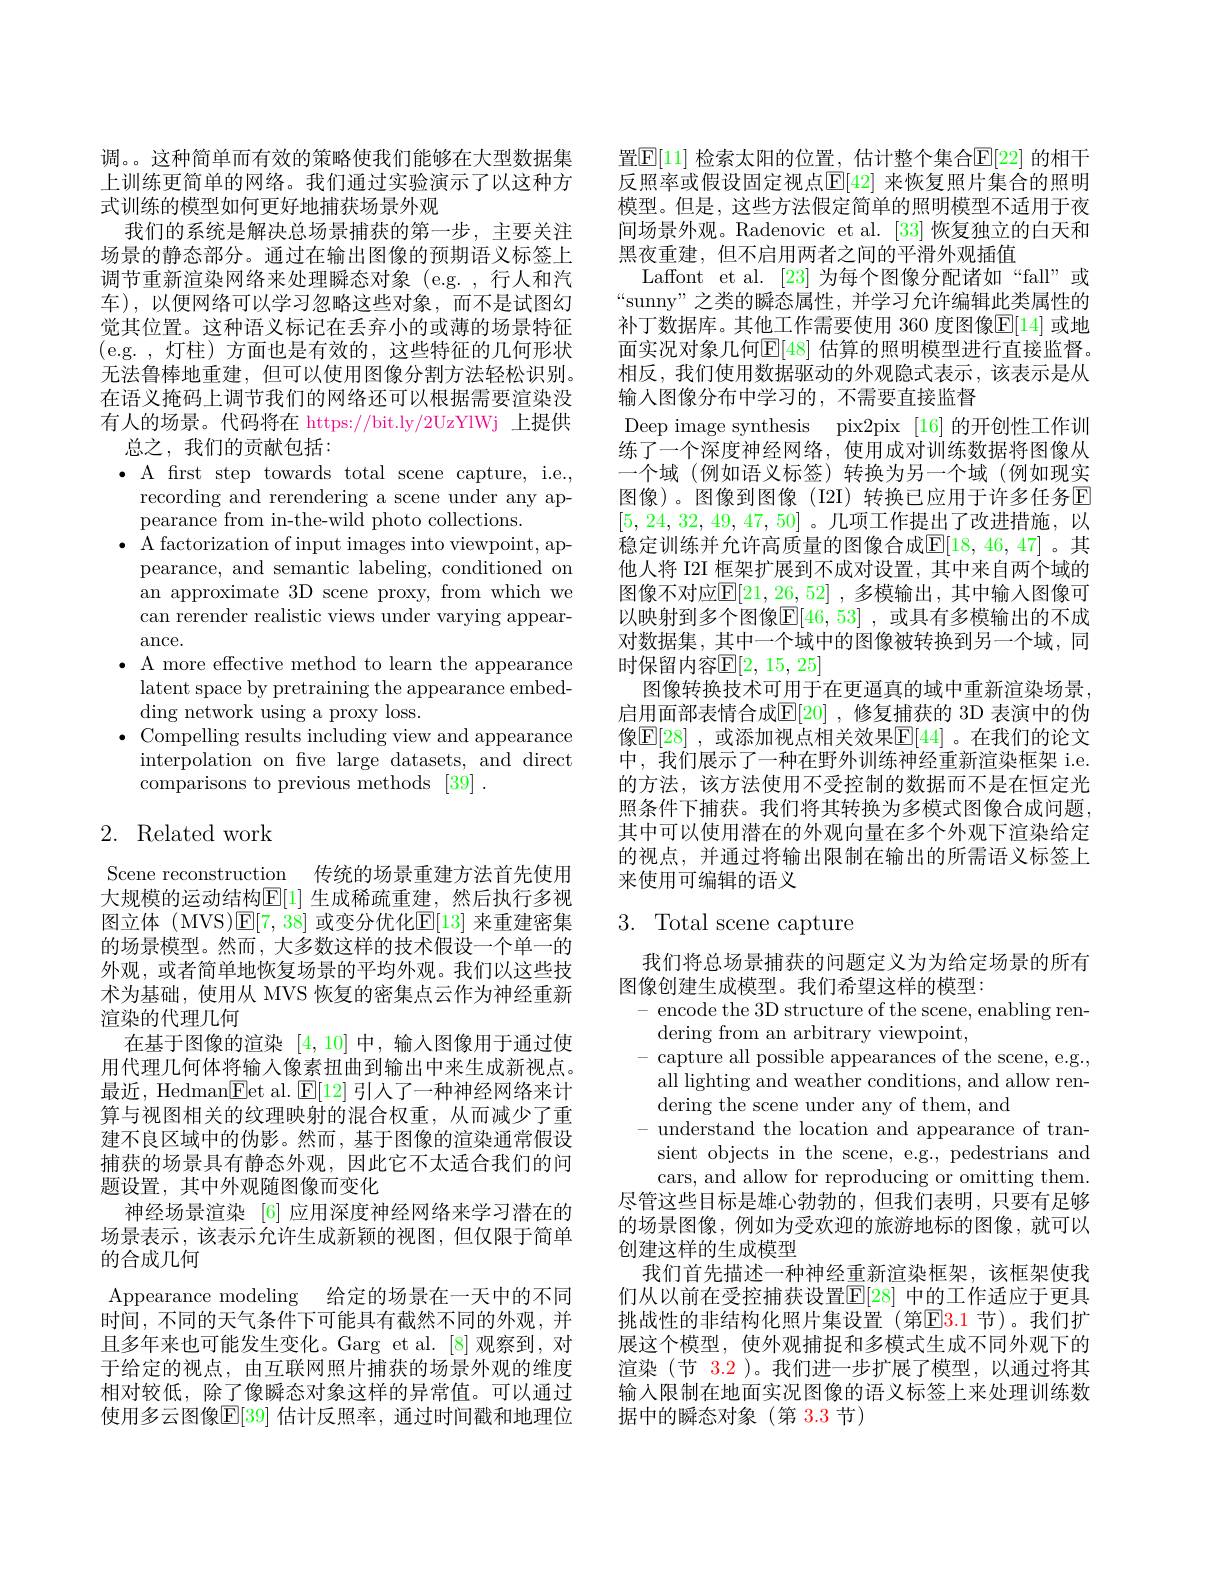
调。。这种简单而有效的策略使我们能够在大型数据集上训练更简单的网络。我们通过实验演示了以这种方式训练的模型如何更好地捕获场景外观
我们的系统是解决总场景捕获的第一步，主要关注场景的静态部分。通过在输出图像的预期语义标签上调节重新渲染网络来处理瞬态对象(e.g. ,行人和汽车),以便网络可以学习忽略这些对象，而不是试图幻觉其位置。这种语义标记在丢弃小的或薄的场景特征(e.g.,灯柱)方面也是有效的，这些特征的几何形状无法鲁棒地重建，但可以使用图像分割方法轻松识别。在语义掩码上调节我们的网络还可以根据需要渲染没有人的场景。代码将在 https://bit.ly/2UzYIWj 上提供
总之，我们的贡献包括：
$\bullet$ A first step towards total scene capture, i.e.,
recording and rerendering a scene under any ap-
pearance from in-the-wild photo collections.
$\bullet$ A factorization of input images into viewpoint, ap-
pearance, and semantic labeling, conditioned on an approximate 3D scene proxy, from which we can rerender realistic views under varying appearance.
$\bullet$ A more effective method to learn the appearance
latent space by pretraining the appearance embed-
ding network using a proxy loss.
$\bullet$ Compelling results including view and appearance
interpolation on fve large datasets, and direct
comparisons to previous methods [39] .

# 2. Related work

Scene reconstruction 传统的场景重建方法首先使用大规模的运动结构$\mathbb{E}[1]$ 生成稀疏重建，然后执行多视图立体(MVS)$\mathbb{E}[7,38]$ 或变分优化$\mathbb{E}[13]$ 来重建密集的场景模型。然而，大多数这样的技术假设一个单一的外观，或者简单地恢复场景的平均外观。我们以这些技术为基础，使用从 MVS 恢复的密集点云作为神经重新渲染的代理几何
在基于图像的渲染[4,10]中，输入图像用于通过使用代理几何体将输入像素扭曲到输出中来生成新视点。最近，Hedman$\underline{\mathrm{Fet~al.~}}\underline{\mathrm{E}}[12]$引人了一种神经网络来计算与视图相关的纹理映射的混合权重，从而减少了重建不良区域中的伪影。然而，基于图像的渲染通常假设捕获的场景具有静态外观，因此它不太适合我们的问题设置，其中外观随图像而变化
神经场景渲染 [6] 应用深度神经网络来学习潜在的场景表示，该表示允许生成新颖的视图，但仅限于简单的合成几何
Appearance modeling 给定的场景在一天中的不同时间，不同的天气条件下可能具有截然不同的外观，并且多年来也可能发生变化。Garg et al. [8] 观察到，对于给定的视点，由互联网照片捕获的场景外观的维度相对较低，除了像瞬态对象这样的异常值。可以通过使用多云图像$\mathbb{E}[39]$ 估计反照率，通过时间戳和地理位

置$\mathbb{E}[11]$ 检索太阳的位置，估计整个集合$\mathbb{E}[22]$ 的相干反照率或假设固定视点$\mathbb{E}[42]$ 来恢复照片集合的照明模型。但是，这些方法假定简单的照明模型不适用于夜间场景外观。Radenovic et al.[33]恢复独立的白天和黑夜重建，但不启用两者之间的平滑外观插值
Laffont et al. [23] 为每个图像分配诸如“fall”或“sunny”之类的瞬态属性，并学习允许编辑此类属性的补丁数据库。其他工作需要使用 360 度图像$\mathbb{E}[14]$ 或地面实况对象几何$\mathbb{E}[48]$ 估算的照明模型进行直接监督。相反，我们使用数据驱动的外观隐式表示，该表示是从输入图像分布中学习的，不需要直接监督
Deep image synthesis pix2pix [16] 的开创性工作训练了一个深度神经网络，使用成对训练数据将图像从一个域(例如语义标签)转换为另一个域(例如现实图像)。图像到图像(I2I)转换已应用于许多任务E [5,24,32,49,47,50] 。几项工作提出了改进措施，以稳定训练并允许高质量的图像合成$\mathbb{E}[18,46,47]$。其他人将 I2I 框架扩展到不成对设置，其中来自两个域的图像不对应$\mathbb{E}[21,26,52]$ ,多模输出，其中输人图像可以映射到多个图像$\mathbb{E}[46,53]$ ,或具有多模输出的不成对数据集，其中一个域中的图像被转换到另一个域，同时保留内容$\mathbb{E}[2,15,25]$
图像转换技术可用于在更逼真的域中重新渲染场景， 启用面部表情合成$\mathbb{E}[20]$ ,修复捕获的 3D 表演中的伪像$\mathbb{E}[28]$ ,或添加视点相关效果$\mathbb{E}[44]$ 。在我们的论文中，我们展示了一种在野外训练神经重新渲染框架 i.e. 的方法，该方法使用不受控制的数据而不是在恒定光照条件下捕获。我们将其转换为多模式图像合成问题， 其中可以使用潜在的外观向量在多个外观下渲染给定的视点，并通过将输出限制在输出的所需语义标签上来使用可编辑的语义

# 3. Total scene capture

我们将总场景捕获的问题定义为为给定场景的所有
图像创建生成模型。我们希望这样的模型：
- encode the 3D structure of the scene, enabling ren-
dering from an arbitrary viewpoint,
- capture all possible appearances of the scene, e.g.,
all lighting and weather conditions, and allow ren-
dering the scene under any of them, and
- understand the location and appearance of tran-
sient objects in the scene, e.g., pedestrians and cars, and allow for reproducing or omitting them.
尽管这些目标是雄心勃勃的，但我们表明，只要有足够的场景图像，例如为受欢迎的旅游地标的图像，就可以创建这样的生成模型
我们首先描述一种神经重新渲染框架，该框架使我们从以前在受控捕获设置$\mathbb{E}[28]$ 中的工作适应于更具挑战性的非结构化照片集设置(第$\color{red}{\mathrm{E}}\color{blue}{\mathrm{E}}\color{red}{\mathrm{3.1}}$节)。我们扩展这个模型，使外观捕捉和多模式生成不同外观下的渲染(节$\color{red}{3.2}$ )。我们进一步扩展了模型，以通过将其输入限制在地面实况图像的语义标签上来处理训练数据中的瞬态对象(第 3.3 节)